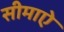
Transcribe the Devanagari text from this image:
सीमाऐ